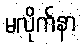
မလိုက်နာ